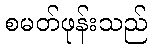
စမတ်ဖုန်းသည်